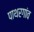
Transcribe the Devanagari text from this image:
पाथरगांव